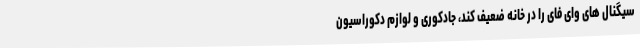
سیگنال های وای فای را در خانه ضعیف کند، جادکوری و لوازم دکوراسیون